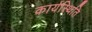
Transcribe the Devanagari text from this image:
कार्यस्थिति